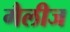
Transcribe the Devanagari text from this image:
गैलीज